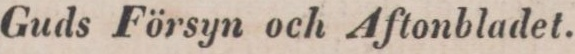
Guds Försyn och Aftonbladet.